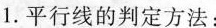
1.平行线的判定方法：